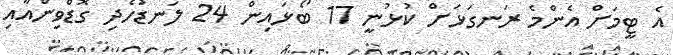
އެ ޓީމަށް އެންމެ ރަނގަޅަށް ކުޅުނީ 17 ބޯޅައިން 24 ލަނޑުހެދި ގޮޑްވިންއާއި